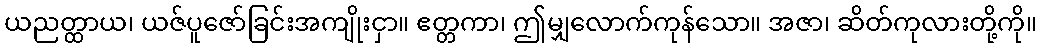
ယညတ္ထာယ၊ ယဇ်ပူဇော်ခြင်းအကျိုးငှာ။ ဧတ္တကာ၊ ဤမျှလောက်ကုန်သော။ အဇာ၊ ဆိတ်ကုလားတို့ကို။